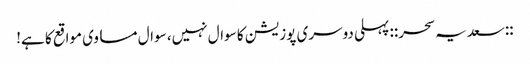
::سعدیہ سحر:: پہلی دوسری پوزیشن کا سوال نہیں، سوال مساوی مواقع کا ہے!